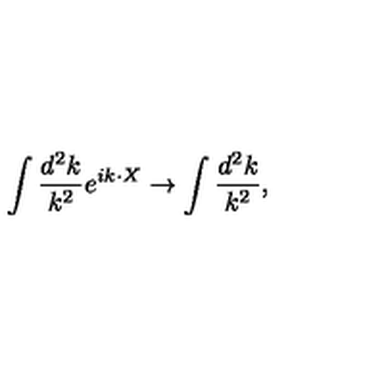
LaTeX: \int { \frac { d ^ { 2 } k } { k ^ { 2 } } } e ^ { i k \cdot X } \rightarrow \int { \frac { d ^ { 2 } k } { k ^ { 2 } } } ,